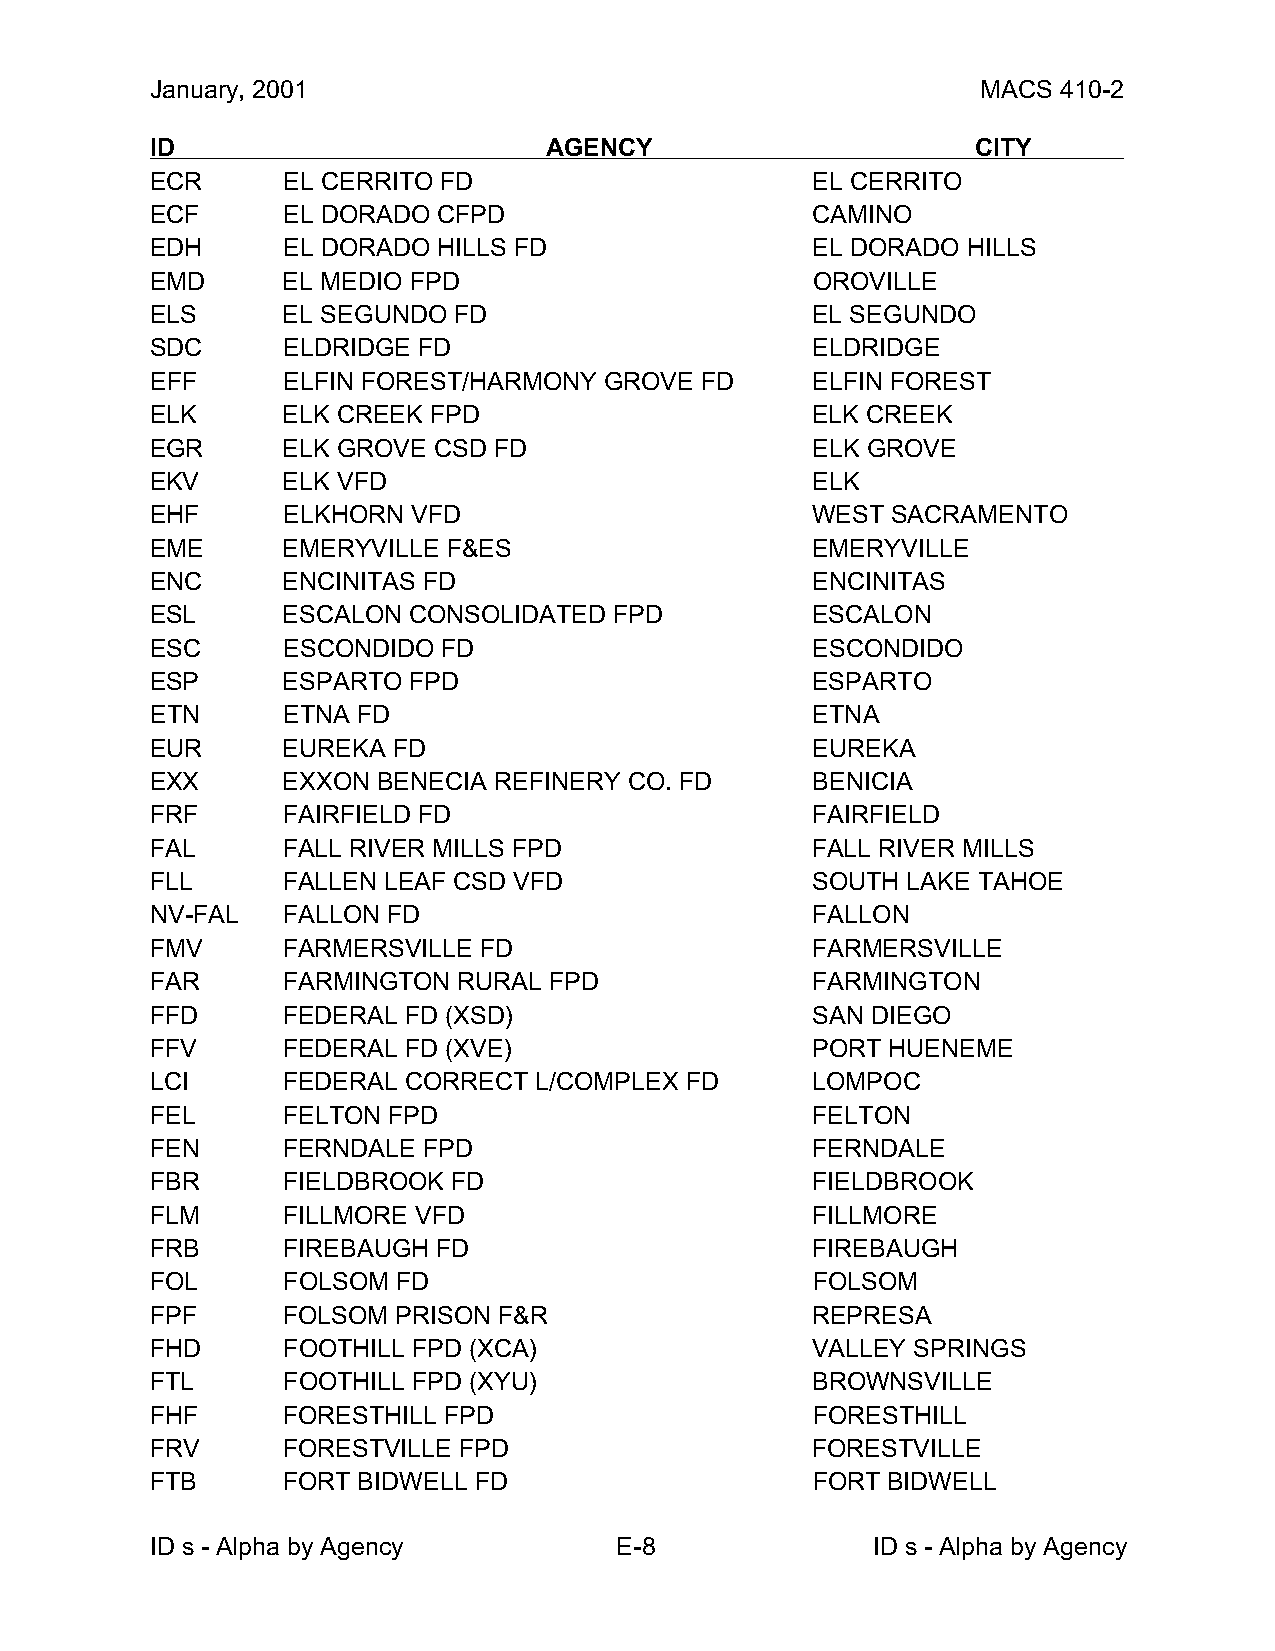
January, 2001                                          MACS 410-2
 ID                        AGENCY                       CITY
 ECR      EL CERRITO FD                      EL CERRITO
 ECF      EL DORADO CFPD                     CAMINO
 EDH      EL DORADO HILLS FD                 EL DORADO HILLS
 EMD      EL MEDIO FPD                       OROVILLE
 ELS      EL SEGUNDO FD                      EL SEGUNDO
 SDC      ELDRIDGE FD                        ELDRIDGE
 EFF      ELFIN FOREST/HARMONY GROVE FD      ELFIN FOREST
 ELK      ELK CREEK FPD                      ELK CREEK
 EGR      ELK GROVE CSD FD                   ELK GROVE
 EKV      ELK VFD                            ELK
 EHF      ELKHORN VFD                        WEST SACRAMENTO
 EME      EMERYVILLE F&ES                    EMERYVILLE
 ENC      ENCINITAS FD                       ENCINITAS
 ESL      ESCALON CONSOLIDATED  FPD          ESCALON
 ESC      ESCONDIDO FD                       ESCONDIDO
 ESP      ESPARTO FPD                        ESPARTO
 ETN      ETNA FD                            ETNA
 EUR      EUREKA FD                          EUREKA
 EXX      EXXON BENECIA REFINERY CO. FD      BENICIA
 FRF      FAIRFIELD FD                       FAIRFIELD
 FAL      FALL RIVER MILLS FPD               FALL RIVER MILLS
 FLL      FALLEN LEAF CSD VFD                SOUTH LAKE TAHOE
 NV-FAL   FALLON FD                          FALLON
 FMV      FARMERSVILLE FD                    FARMERSVILLE
 FAR      FARMINGTON RURAL FPD               FARMINGTON
 FFD      FEDERAL FD (XSD)                   SAN DIEGO
 FFV      FEDERAL FD (XVE)                   PORT HUENEME
 LCI      FEDERAL CORRECT L/COMPLEX FD       LOMPOC
 FEL      FELTON FPD                         FELTON
 FEN      FERNDALE FPD                       FERNDALE
 FBR      FIELDBROOK FD                      FIELDBROOK
 FLM      FILLMORE VFD                       FILLMORE
 FRB      FIREBAUGH FD                       FIREBAUGH
 FOL      FOLSOM FD                          FOLSOM
 FPF      FOLSOM PRISON F&R                  REPRESA
 FHD      FOOTHILL FPD (XCA)                 VALLEY SPRINGS
 FTL      FOOTHILL FPD (XYU)                 BROWNSVILLE
 FHF      FORESTHILL FPD                     FORESTHILL
 FRV      FORESTVILLE FPD                    FORESTVILLE
 FTB      FORT BIDWELL FD                    FORT BIDWELL
 ID s - Alpha by Agency         E-8              ID s - Alpha by Agency